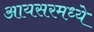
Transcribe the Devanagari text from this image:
आयसरमध्ये